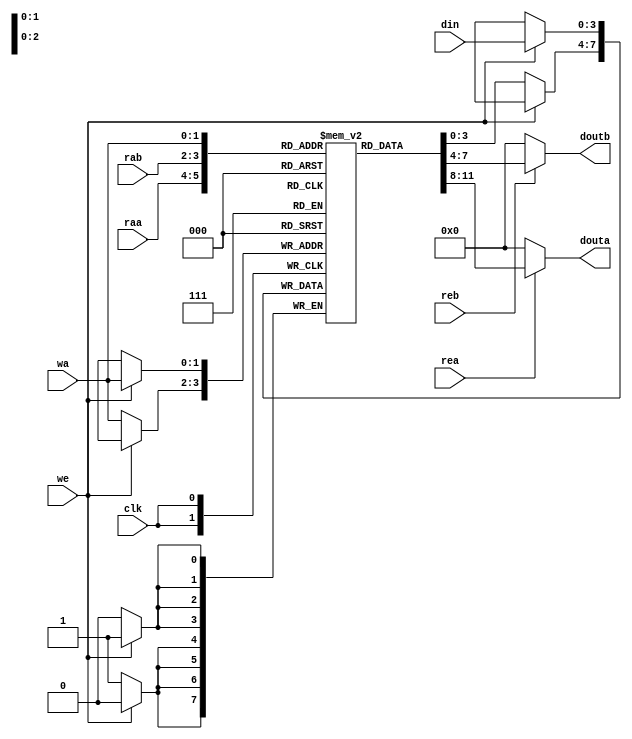
`timescale 1ns / 1ps
//////////////////////////////////////////////////////////////////////////////////
// Company: 
// Engineer: 
// 
// Design Name: 
// Module Name: RF
// Project Name: 
// Target Devices: 
// Tool Versions: 
// Description: 
// 
// Dependencies: 
// 
// Revision:
// Revision 0.01 - File Created
// Additional Comments:
// 
//////////////////////////////////////////////////////////////////////////////////


module Calc_RF #(parameter Data_width = 4)(
input clk, rea, reb, we,
input [1:0] raa, rab, wa,
input [Data_width - 1:0] din,
output reg [Data_width - 1:0] douta, doutb
);

reg [Data_width - 1:0] RegFile [3:0];

always @ (rea, reb, raa, rab)
begin
        if (rea)
            douta = RegFile[raa];
        else douta = 0;
        if (reb)
            doutb = RegFile[rab];
        else doutb = 0;
end

always @ (posedge clk)
begin
        if(we)
            RegFile[wa] <= din;
        else
            RegFile[wa] <= RegFile[wa];
end
endmodule